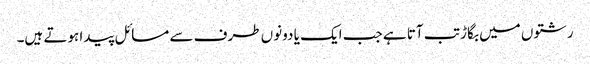
رشتوں میں بگاڑ تب آتا ہے جب ایک یا دونوں طرف سے مسائل پیدا ہوتے ہیں۔